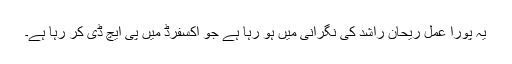
یہ پورا عمل ریحان راشد کی نگرانی میں ہو رہا ہے جو آکسفرڈ میں پی ایچ ڈی کر رہا ہے۔